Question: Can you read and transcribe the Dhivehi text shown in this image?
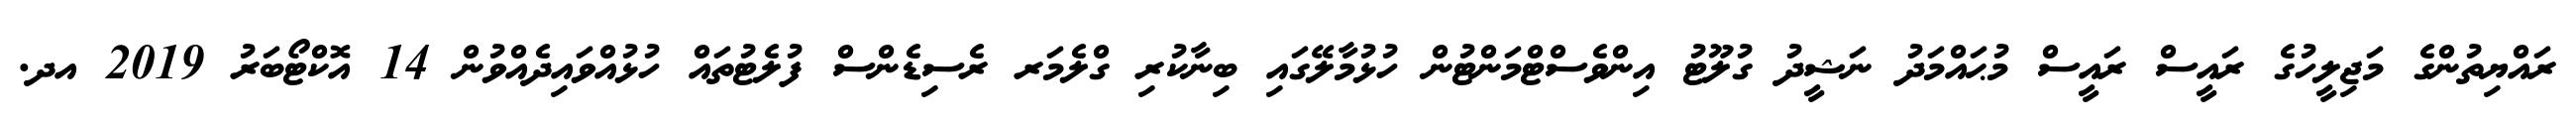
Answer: ރައްޔިތުންގެ މަޖިލީހުގެ ރައީސް ރައީސް މުޙައްމަދު ނަޝީދު ގުލޫޓު އިންވެސްޓްމަންޓުން ހުޅުމާލޭގައި ބިނާކުރި ގްލެމަރ ރެސިޑެންސް ފުލެޓުތައް ހުޅުއްވައިދެއްވުން 14 އޮކްޓޯބަރު 2019 އދ.